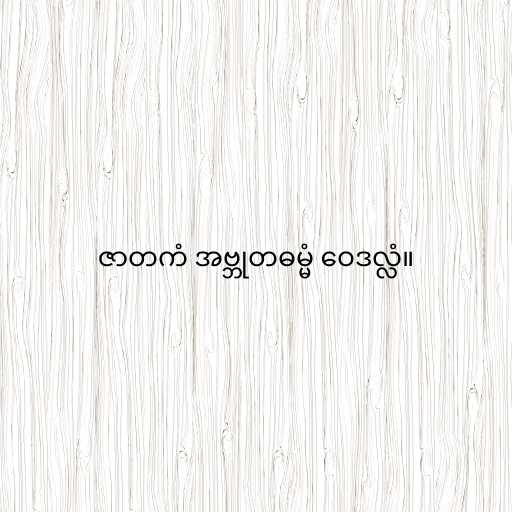
ဇာတကံ အဗ္ဘုတဓမ္မံ ဝေဒလ္လံ။